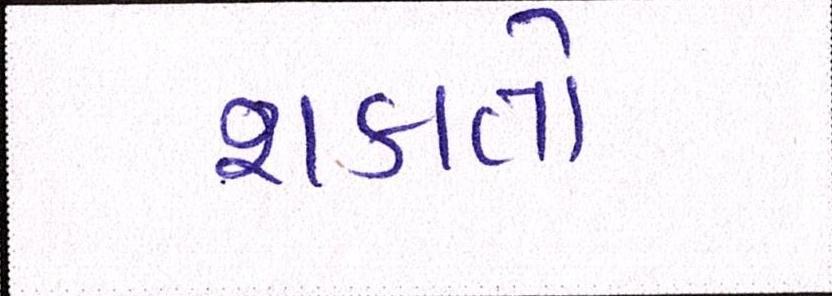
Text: શકાતો